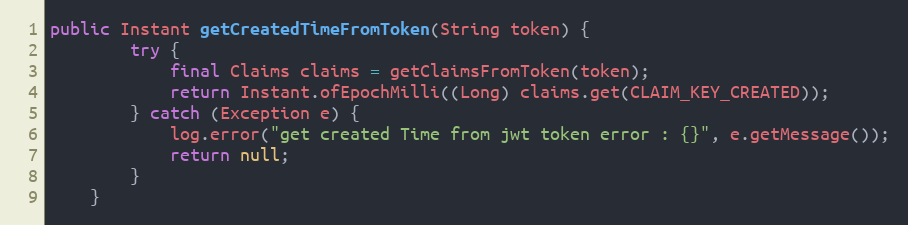
Language: Java
public Instant getCreatedTimeFromToken(String token) {
        try {
            final Claims claims = getClaimsFromToken(token);
            return Instant.ofEpochMilli((Long) claims.get(CLAIM_KEY_CREATED));
        } catch (Exception e) {
            log.error("get created Time from jwt token error : {}", e.getMessage());
            return null;
        }
    }